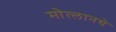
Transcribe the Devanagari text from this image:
मोत्लानथे